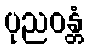
ပုညဝန္တံ